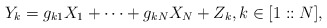
\begin{align*}Y_k = g_{k1} X_1 + \cdots + g_{kN} X_N + Z_k,k \in [1::N], \end{align*}